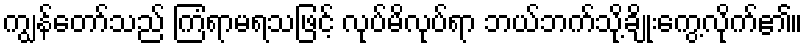
ကျွန်တော်သည် ကြံရာမရသဖြင့် လုပ်မိလုပ်ရာ ဘယ်ဘက်သို့ချိုးကွေ့လိုက်၏။